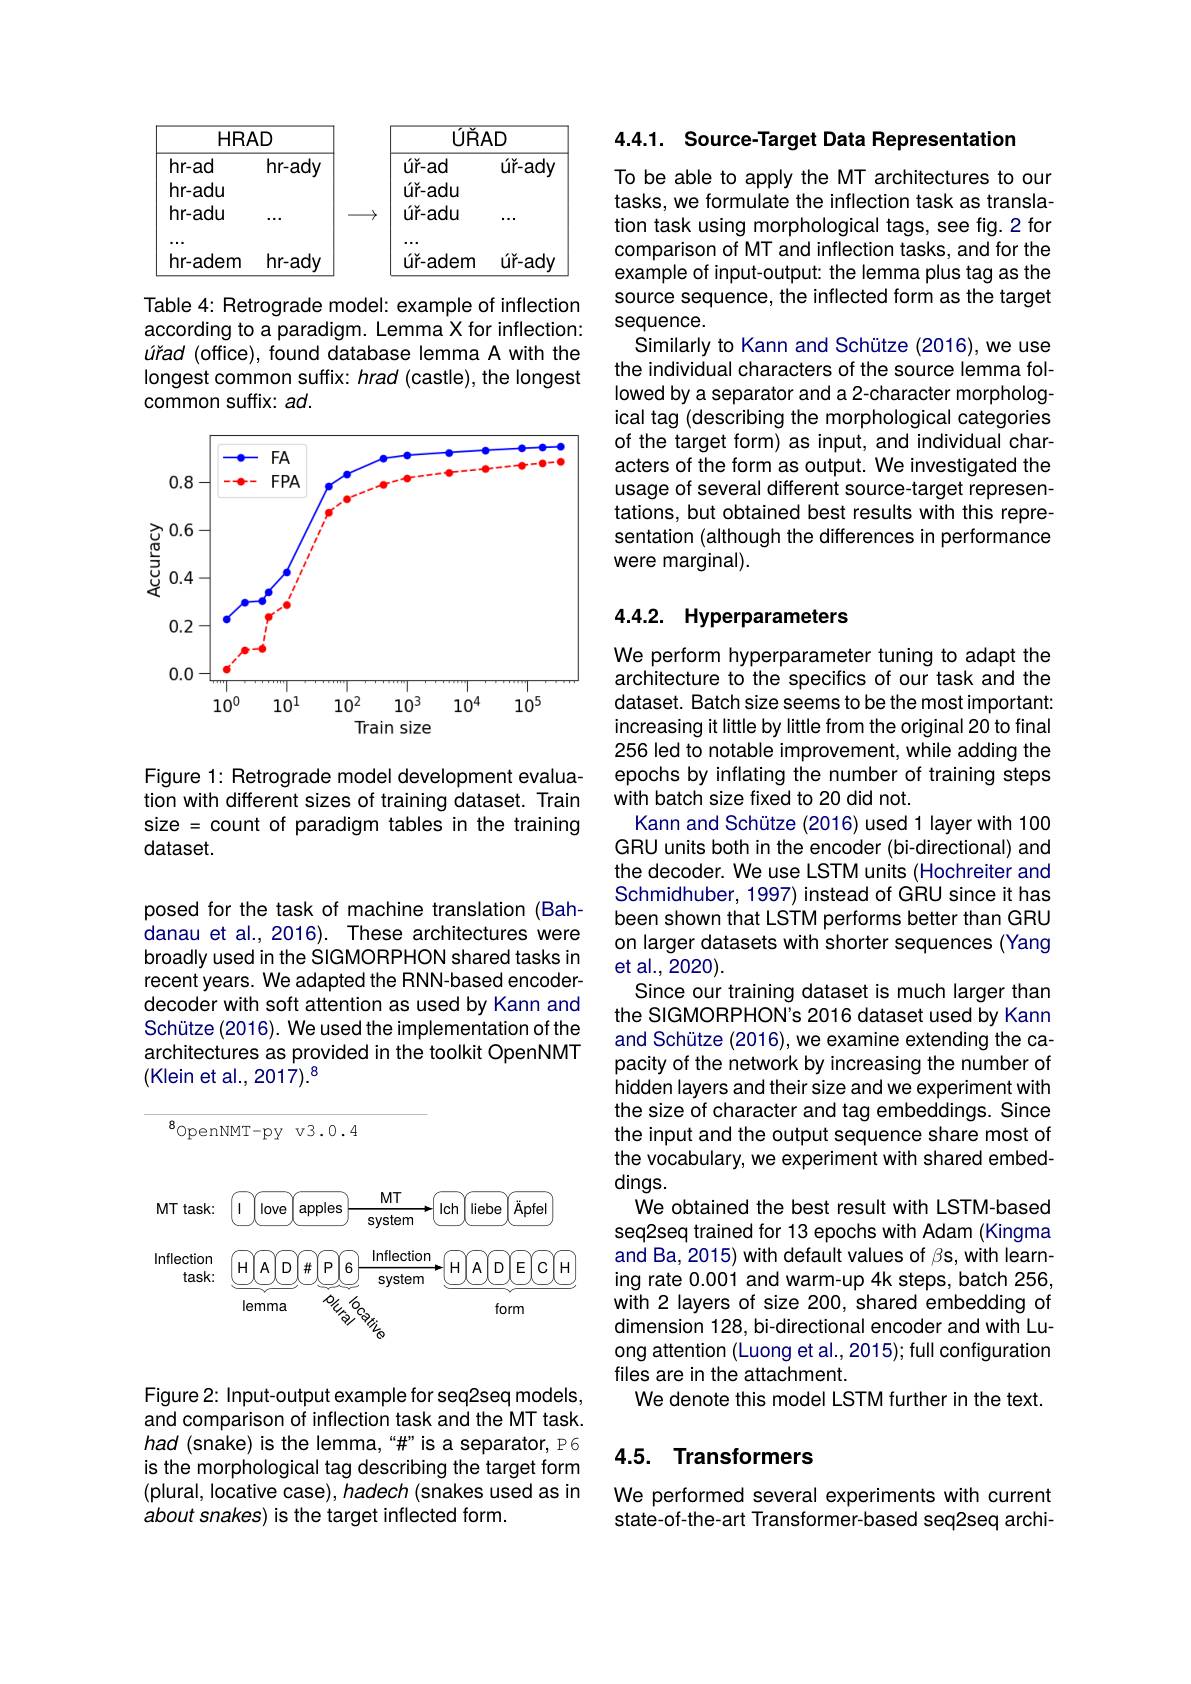
<table>
	<tbody>
		<tr>
			<td>$HRI$</td>
			<td>$AD$</td>
			<td>$\overline{URF}$</td>
			<td>$AD$</td>
		</tr>
		<tr>
			<td>hr-ad</td>
			<td>$hr-ady$</td>
			<td>$úr-ad$</td>
			<td>$úě-ady$</td>
		</tr>
		<tr>
			<td>hr-adu</td>
			<td> </td>
			<td>$úr-adu$</td>
			<td> </td>
		</tr>
		<tr>
			<td>hr-adu</td>
			<td> </td>
			<td>ur-adu</td>
			<td> </td>
		</tr>
		<tr>
			<td>hr-adem</td>
			<td>$hr-ady$</td>
			<td>úr-adem</td>
			<td>$úě-ady$</td>
		</tr>
	</tbody>
</table>

Table 4: Retrograde model: example of inflection according to a paradigm. Lemma X for inflection: úrad (office), found database lemma A with the longest common suffix: hrad (castle), the longest common suffix: ad.

<FigureHere>

Figure 1: Retrograde model development evaluation with different sizes of training dataset. Train size = count of paradigm tables in the training dataset.

posed for the task of machine translation (Bahdanau et al., 2016). These architectures were broadly used in the SIGMORPHON shared tasks in recent years. We adapted the RNN-based encoderdecoder with soft attention as used by Kann and Schütze (2016). We used the implementation of the architectures as provided in the toolkit OpenNMT (Klein et al., 2017$).^8$

<FigureHere>

Figure 2: Input-output example for seq2seq models, and comparison of inflection task and the MT task. had (snake) is the lemma,“\#”is a separator, P6 is the morphological tag describing the target form (plural, locative case), hadech (snakes used as in about snakes) is the target inflected form.

4.4.1. Source-Target Data Representation

To be able to apply the MT architectures to our tasks, we formulate the inflection task as translation task using morphological tags, see fig.2 for comparison of MT and inflection tasks, and for the example of input-output: the lemma plus tag as the source sequence, the inflected form as the target sequence.
Similarly to Kann and Schütze (2016), we use the individual characters of the source lemma followed by a separator and a 2-character morphological tag (describing the morphological categories of the target form) as input, and individual characters of the form as output. We investigated the usage of several different source-target representations, but obtained best results with this representation (although the differences in performance were marginal).

## 4.4.2. Hyperparameters

We perform hyperparameter tuning to adapt the architecture to the specifics of our task and the dataset. Batch size seems to be the most important: increasing it little by little from the original 20 to final 256 led to notable improvement, while adding the epochs by inflating the number of training steps with batch size fixed to 20 did not.
Kann and Schütze (2016)used 1 layer with 100 GRU units both in the encoder (bi-directional) and the decoder. We use LSTM units (Hochreiter and Schmidhuber, 1997) instead of GRU since it has been shown that LSTM performs better than GRU on larger datasets with shorter sequences (Yang et al., 2020).
Since our training dataset is much larger than the SIGMORPHON's 2016 dataset used by Kann and Schütze (2016), we examine extending the capacity of the network by increasing the number of hidden layers and their size and we experiment with the size of character and tag embeddings. Since the input and the output sequence share most of the vocabulary, we experiment with shared embeddings.
We obtained the best result with LSTM-based seq2seq trained for 13 epochs with Adam (Kingma and Ba, 2015) with default values of $\beta$s, with learning rate 0.001 and warm-up 4k steps, batch 256, with 2 layers of size 200, shared embedding of dimension 128, bi-directional encoder and with Luong attention (Luong et al., 2015); full configuration files are in the attachment.
We denote this model LSTM further in the text.

# 4.5. Transformers

We performed several experiments with current state-of-the-art Transformer-based seq2seq archi-